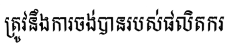
ត្រូវនឹងការចង់បានរបស់ផលិតករ